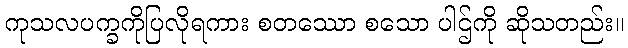
ကုသလပက္ခကိုပြလိုရကား စတဿော စသော ပါဌ်ကို ဆိုသတည်း။